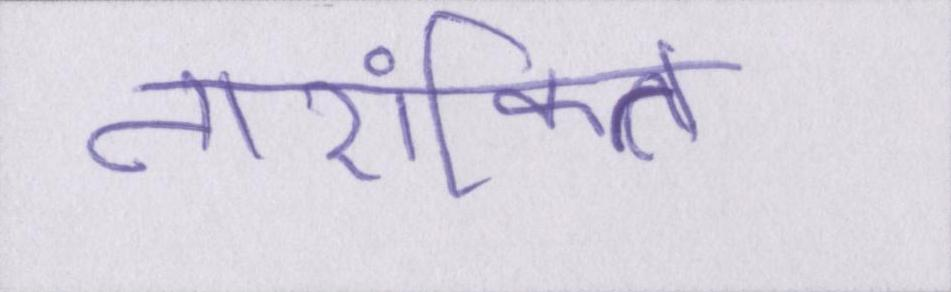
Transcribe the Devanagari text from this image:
तारांकित